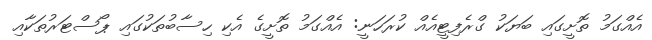
އެއްގަމު ތޮށީގައި ބަޔަކު ގްރެފިޓީއެއް ކުރަހަނީ: އެއްގަމު ތޮށީގެ އެކި ހިސާބުތަކުގައި ޕޯސްޓަރުތަކާއި